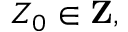
Z _ { 0 } \in \mathbf { Z } ,